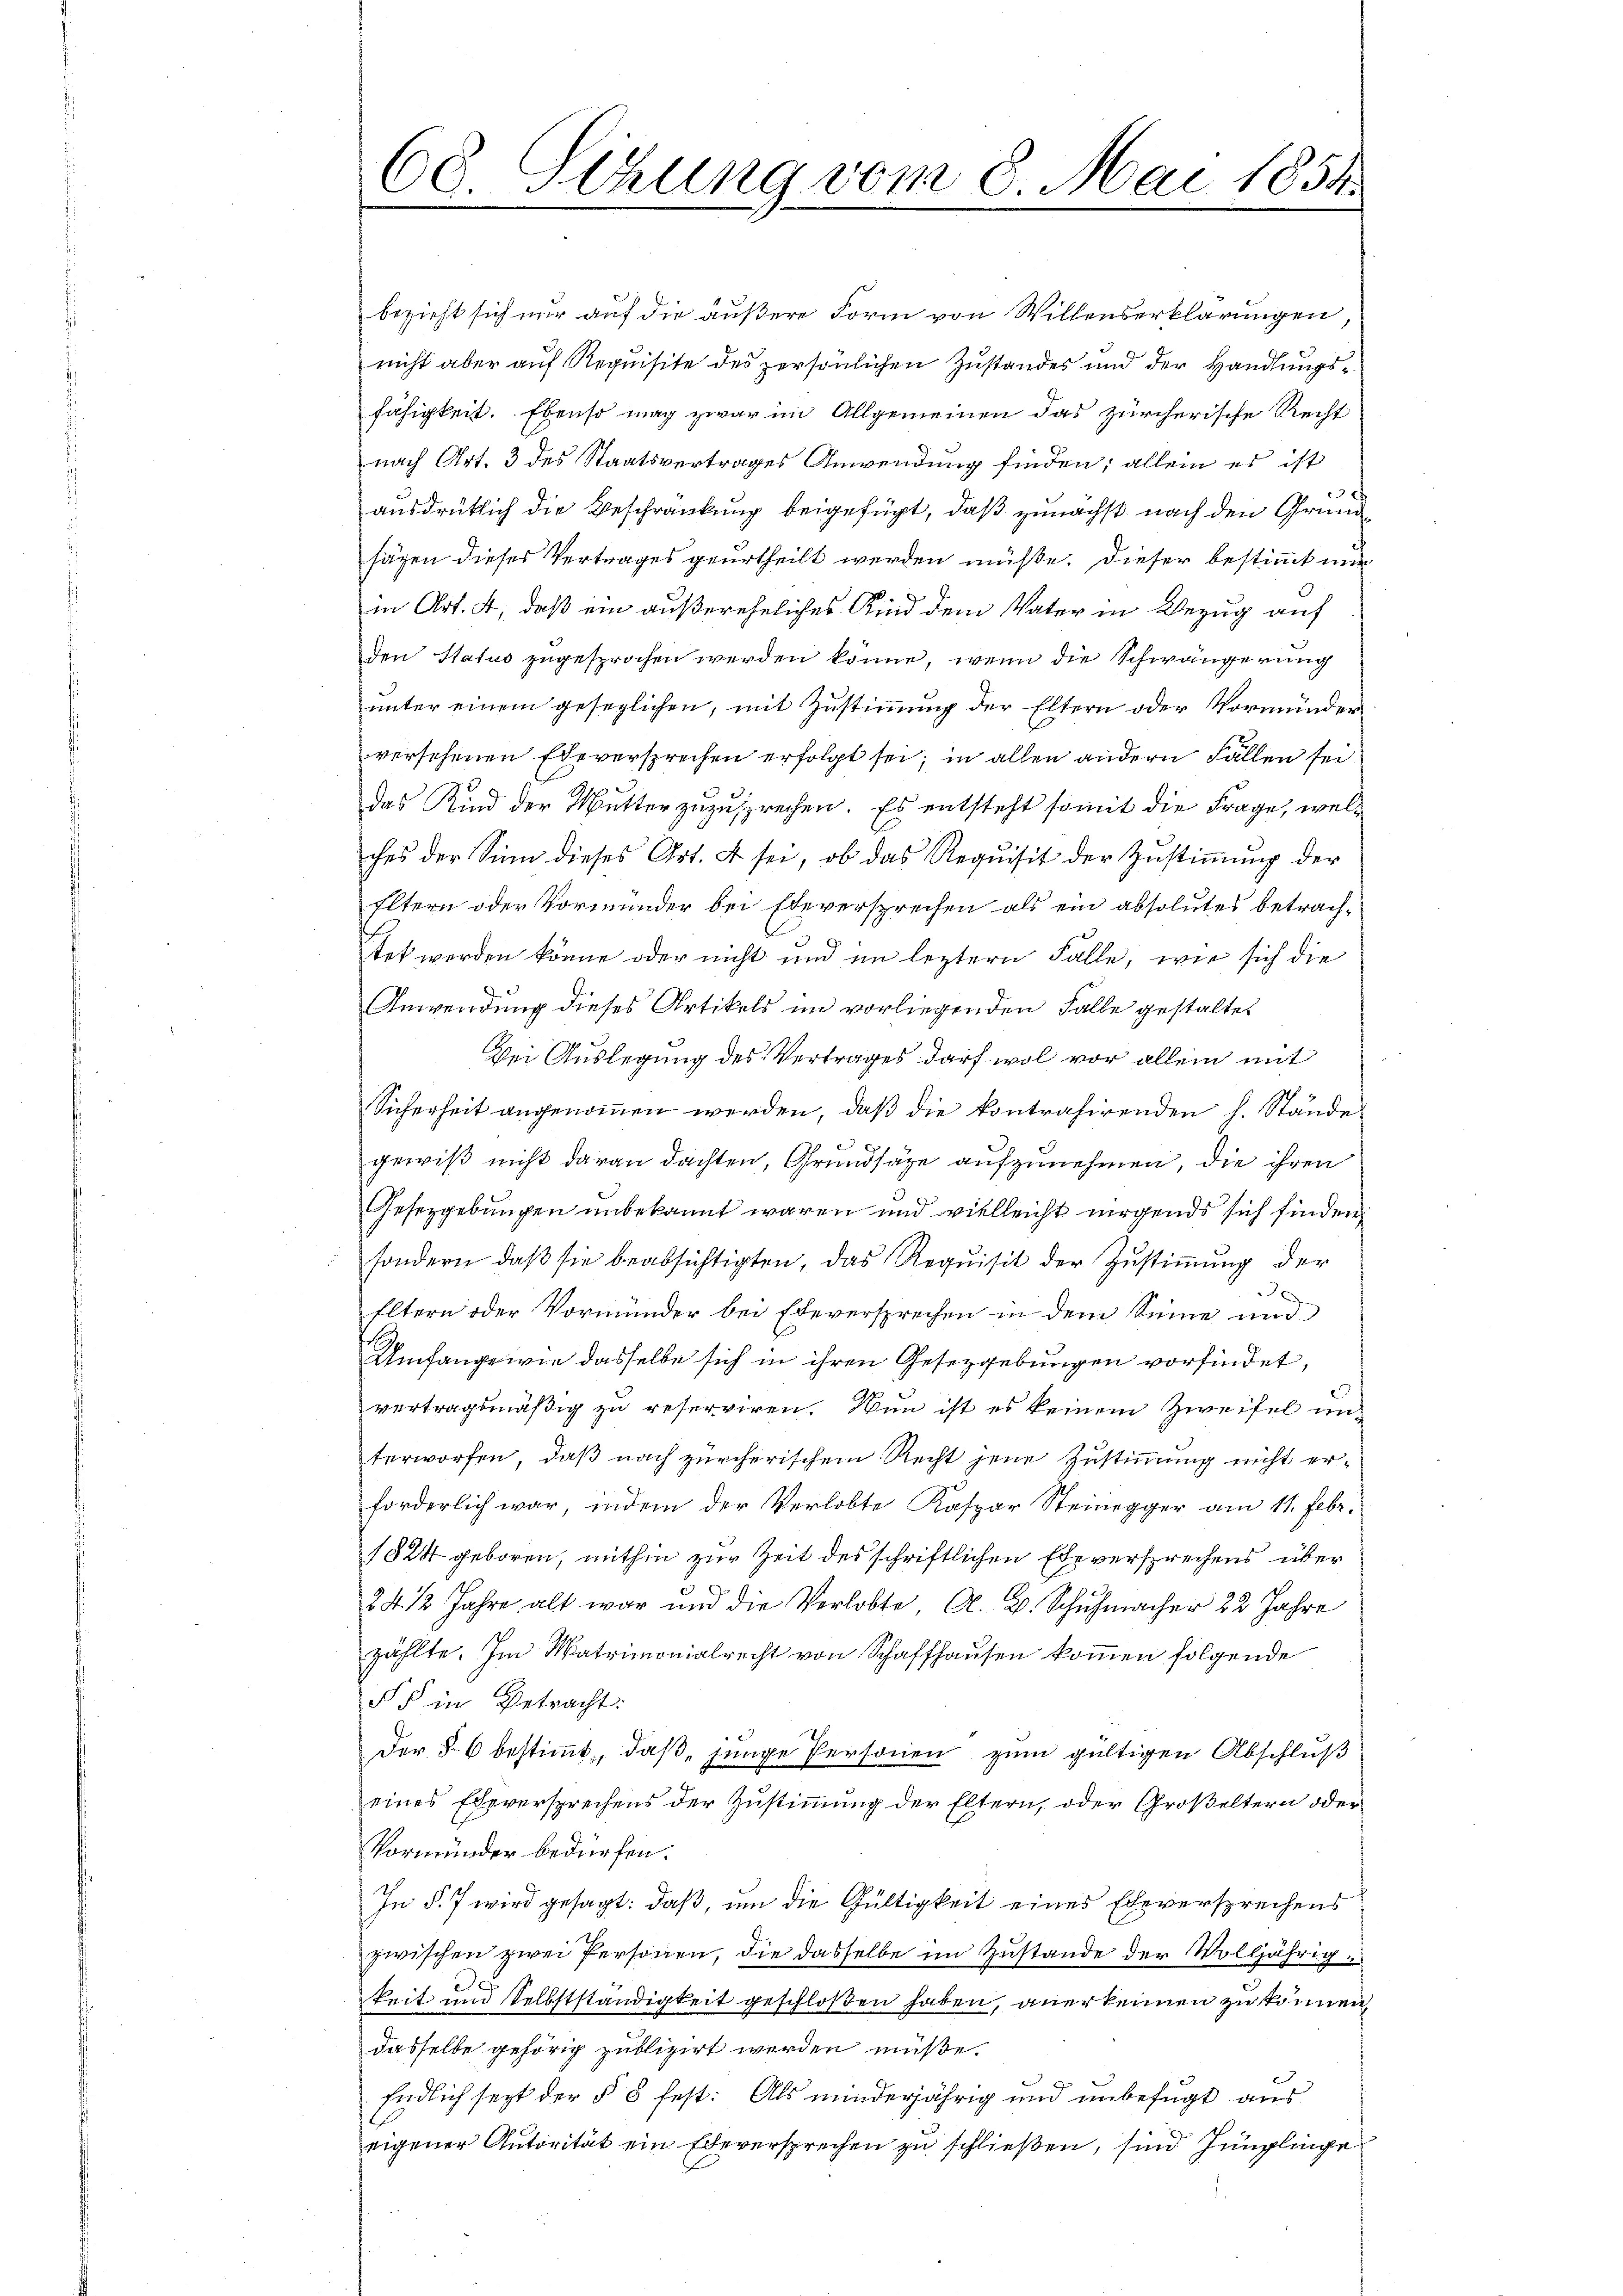
68. Sitzung vom 8. Mai 1858.

bezieht sich nur auf die äußere Form von Willenserklärungen
nicht aber auf Requisite des persönlichen Zustandes und der Handlungsfähigkeit. Ebenso mag zwar im Allgemeinen das zürcherische Recht
nach Art. 3 des Staatsvertrages Anwendung finden; allein es ist
x
ausdrücklich die Beschränkung beigefügt, daß zunächst nach den Grundsägen dieses Vertrages geurtheilt werden müße. Dieser bestimmt mir
9
in Art. 4, daß ein außereheliches An dem Vater in Bezug auf
den Status zugesprochen werden könne, wenn die Schwängerung
unter einem gesezlichen, mit Zustimmung der Eltern oder Vormünder
versehenen Eheversprechen erfolgt sei; in allen andern Fällen seidas Kind der Mutter zuzusprechen. Es entsteht somit die Frage, welches der Sinn dieses Art. 4 sei, ob das Requisit der Zŭstiṁŭng der
Eltern oder Vormunder bei Eheversprechen als ein absolutes betrachstet werden könne oder nicht und im leztern Falle, wie sich die
Anwendung dieses Artikels im vorliegenden Falle gestaltet
Bei Auslegung des Vertrages darf wol vor allein mit
Sicherheit angenommen werden, daß die kontrahirenden h. Stände
3
gewiß nicht daran dachten, Grundsätze aufzunehmen, die ihren
Gesetzgebungen unbekannt waren und vielleicht nirgends sich finden
sondern, daß sie beabsichtigten, das Requisit der Zustimmung der
x
Eltern oder Vormunder bei Edeversprechen in dem Sinne und
Umfange wie dasselbe sich in ihren Gesetzgebungen vorfindet,
vertragsmäßig zu reserviren. Nun ist es keinem Zweifel unterworfen, daß nach zürcherischem Recht jene Zustimmung nicht erforderlich war, indem der Verlobte Kaspar Steinegger am 11. Febr.
1824 geboren, mithin zur Zeit des schriftlichen Eheversprechens über
24 1/2 Jahre alt war und die Verlobte A. B. Schuhmacher 22 Jahre
zählte. Im Matrimonialrecht von Schaffhausen kommen folgende
§ § in Betracht:
Der § 6 bestimmt, daß junge Personen zum gültigen Abschluß
eines Eheversprechens der Zustimmung der Eltern, oder Großeltern oder
Vormünder bedürfen.
In §. 7 wird gesagt: daß, um die Gültigkeit eines Eheversprechens
zwischen zwei Personen, die dasselbe im Zustande der Volljährig
keit und Selbstständigkeit geschloßen haben, anerkennen zu können,
dasselbe gehörig publizirt werden müße.
Endlich seit der § 8 fest: Als minderjährig und unbefugt aus
eigener Autorität ein Eheversprechen zu schließen, sind Jünglinge